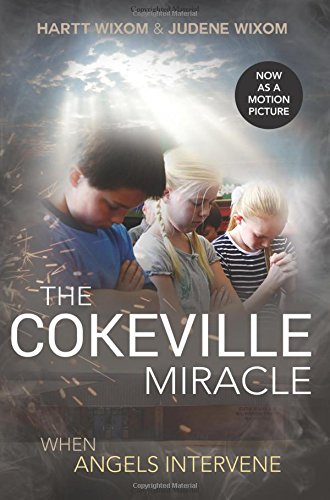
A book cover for The Cokeville Miracle: When Angels Intervene; Hartt Wixom; Religion & Spirituality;